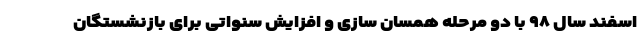
اسفند سال ۹۸ با دو مرحله همسان سازی و افزایش سنواتی برای بازنشستگان